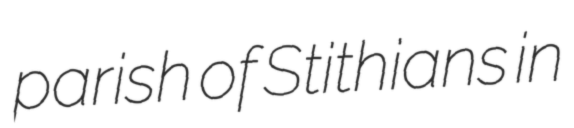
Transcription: parish of Stithians in